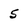
Character: 5